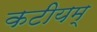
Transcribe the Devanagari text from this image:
कटीयम्‌